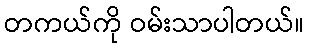
တကယ်ကို ဝမ်းသာပါတယ်။